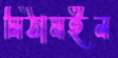
মিঠামইন